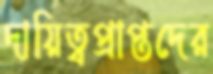
দায়িত্বপ্রাপ্তদের